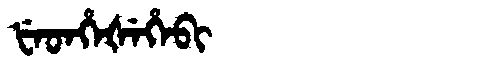
Manchu: ᡶᡝᡨᡥᡝᡧᡝᡥᡝᠪᡳ
Romanization: FETHEŠEHEBI